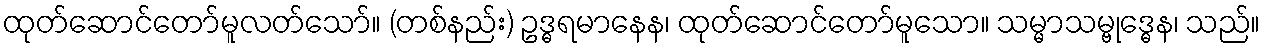
ထုတ်ဆောင်တော်မူလတ်သော်။ (တစ်နည်း) ဥဒ္ဓရမာနေန၊ ထုတ်ဆောင်တော်မူသော။ သမ္မာသမ္ဗုဒ္ဓေန၊ သည်။